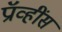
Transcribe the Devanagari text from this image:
प्रॉव्हींस